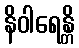
နိဝါရေန္တိ